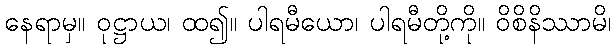
နေရာမှ။ ဝုဋ္ဌာယ၊ ထ၍။ ပါရမီယော၊ ပါရမီတို့ကို။ ဝိစိနိဿာမိ၊